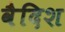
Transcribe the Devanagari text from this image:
वैदिश